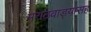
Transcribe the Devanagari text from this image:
मराठवाड्यासह